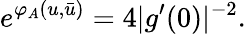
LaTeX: e^{\varphi_{A}(u,\bar{u})}=4|g^{\prime}(0)|^{-2}.